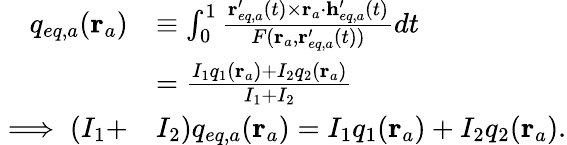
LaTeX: \begin{array}{rl}{q_{eq,a}(\mathbf{r}_{a})}&{\equiv\int_{0}^{1}\frac{\mathbf{r}_{eq,a}^{\prime}(t)\times\mathbf{r}_{a}\cdot\mathbf{h}_{eq,a}^{\prime}(t)}{F(\mathbf{r}_{a},\mathbf{r}_{eq,a}^{\prime}(t))}dt}\\ &{=\frac{I_{1}q_{1}(\mathbf{r}_{a})+I_{2}q_{2}(\mathbf{r}_{a})}{I_{1}+I_{2}}}\\ {\implies(I_{1}+}&{I_{2})q_{eq,a}(\mathbf{r}_{a})=I_{1}q_{1}(\mathbf{r}_{a})+I_{2}q_{2}(\mathbf{r}_{a}).}\end{array}